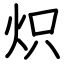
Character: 炽